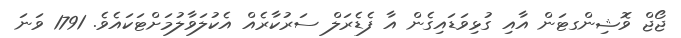
ޖޯޖް ވޮޝިންގޓަން އާއި ގުޅިވަޑައިގެން އާ ފެޑެރަލް ސަރުކާރެއް އެކުލަވާލުމަށްޓަކައެވެ. 1791 ވަނަ